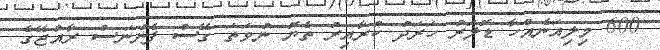
600 މިލިއަނެއްހާ ޑޮލަރު ހަރަދު ކުރާއިރު ތެޔޮ ނުވަތަ ގޭސް ފެނުނަސް ރާއްޖޭގެ